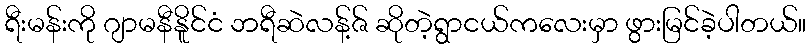
ရီးမန်းကို ဂျာမနီနိူင်ငံ ဘရီဆဲလန့်ဇ် ဆိုတဲ့ရွာငယ်ကလေးမှာ ဖွားမြင်ခဲ့ပါတယ်။